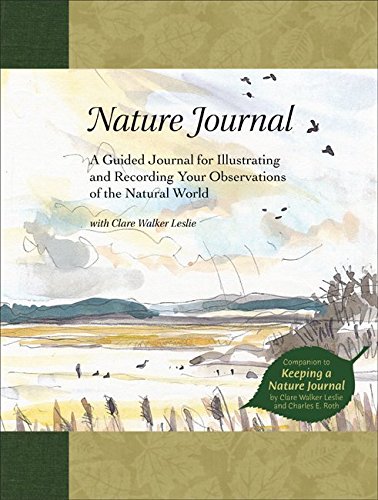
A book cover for Nature Journal: A Guided Journal for Illustrating and Recording Your Observations of the Natural World; Clare Walker Leslie; Self-Help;